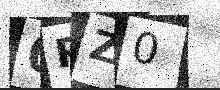
Text: 0PZ0